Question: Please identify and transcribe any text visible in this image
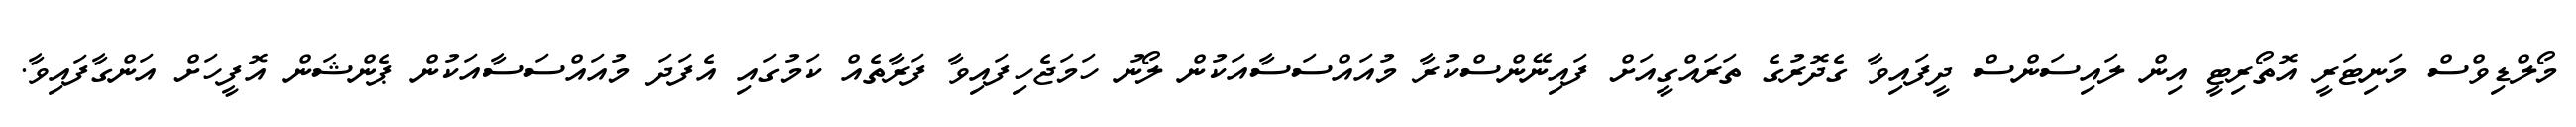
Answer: މޯލްޑިވްސް މަނިޓަރީ އޮތޯރިޓީ އިން ލައިސަންސް ދީފައިވާ ގެދޮރުގެ ތަރައްގީއަށް ފައިނޭންސްކުރާ މުއައްސަސާއަކުން ލޯނު ހަމަޖެހިފައިވާ ފަރާތެއް ކަމުގައި އެފަދަ މުއައްސަސާއަކުން ޕެންޝަން އޮފީހަށް އަންގާފައިވާ.